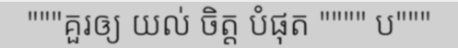
"""គួរឲ្យ យល់ ចិត្ត បំផុត """" ប"""